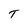
Character: T